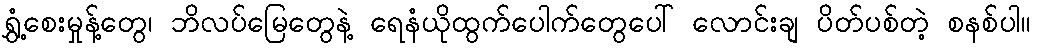
ရွှံ့စေးမှုန့်တွေ၊ ဘိလပ်မြေတွေနဲ့ ရေနံယိုထွက်ပေါက်တွေပေါ် လောင်းချ ပိတ်ပစ်တဲ့ စနစ်ပါ။